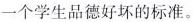
一个学生品德好坏的标准。